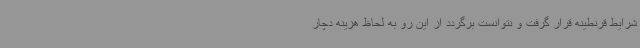
شرایط قرنطینه قرار گرفت و نتوانست برگردد از این رو به لحاظ هزینه دچار